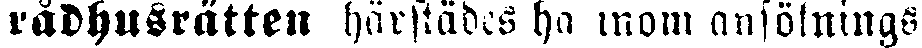
rådhusrätten härstädes ha inom ansöknings-